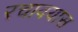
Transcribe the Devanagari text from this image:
रचावयास